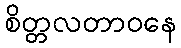
စိတ္တလတာဝနေ